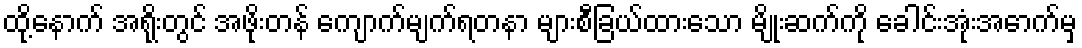
ထို့နောက် အရိုးတွင် အဖိုးတန် ကျောက်မျက်ရတနာ များစီခြယ်ထားသော မျိုးဆက်ကို ခေါင်းအုံးအောက်မှ